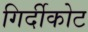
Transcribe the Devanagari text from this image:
गिर्दीकोट